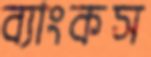
ব্যাংকস